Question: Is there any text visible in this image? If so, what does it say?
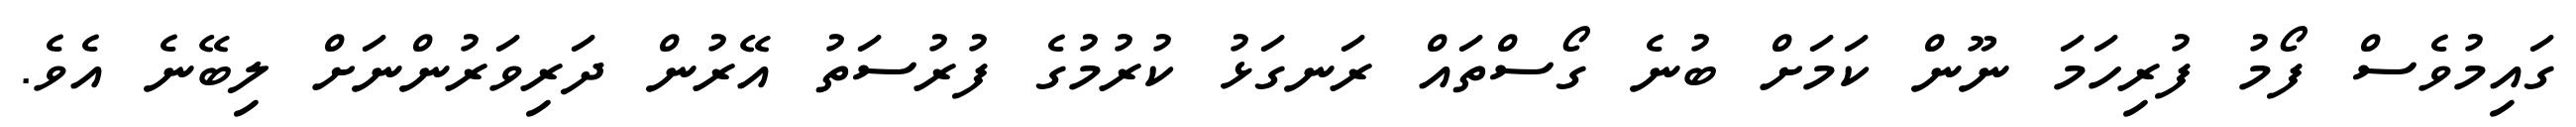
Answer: ގައިމުވެސް ފޯމު ފުރިހަމަ ނޫން ކަމަށް ބުނެ ގޯސްތައް ރަނގަޅު ކުރުމުގެ ފުރުސަތު އޭރުން ދަރިވަރުންނަށް ލިބޭނެ އެވެ.